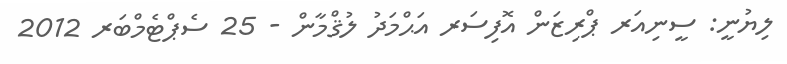
ލިޔުނީ: ސީނިއަރ ޕްރިޒަން އޮފިސަރ އަޙްމަދު ލުޤްމާން - 25 ސެޕްޓެމްބަރ 2012